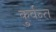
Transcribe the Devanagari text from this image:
कुर्वन्त